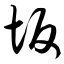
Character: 坂